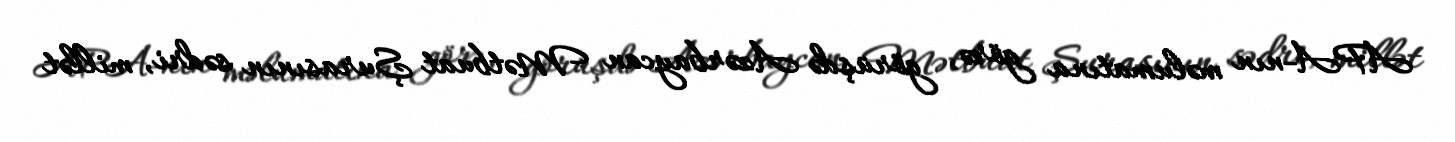
APA-nın məlumatına görə, görüşdə Azərbaycan Mətbuat Şurasının sədri, millət